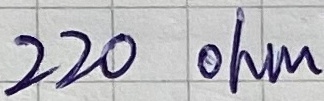
Text: 220 ohm